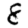
Digit: 8